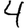
Digit: 4